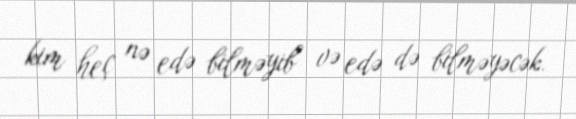
kim heç nə edə bilməyib və edə də bilməyəcək.